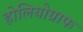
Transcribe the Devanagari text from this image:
होलियोग्राफ